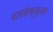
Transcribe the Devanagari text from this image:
बायसेक्सुअल